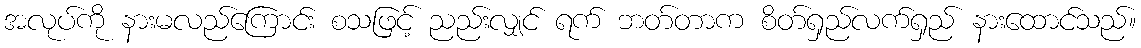
အလုပ်ကို နားမလည်ကြောင်း စသဖြင့် ညည်းလျှင် ရက် ဘတ်တာက စိတ်ရှည်လက်ရှည် နားထောင်သည်။